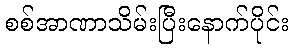
စစ်အာဏာသိမ်းပြီးနောက်ပိုင်း